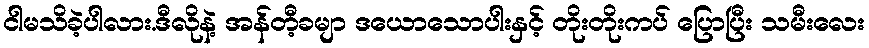
ငါမသိခဲ့ပါလား.ဒီလိုနဲ့ အန်တီ့ခမျာ ဒယောသောပါးနှင့် တိုးတိုးကပ် ပြောပြီး သမီးလေး